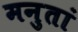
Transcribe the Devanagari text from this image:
मनुतां